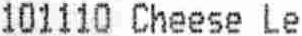
101110 CHEESE LE